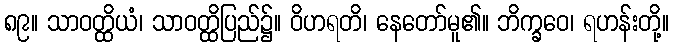
၈၉။ သာဝတ္ထိယံ၊ သာဝတ္ထိပြည်၌။ ဝိဟရတိ၊ နေတော်မူ၏။ ဘိက္ခဝေ၊ ရဟန်းတို့။